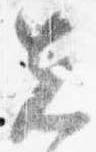
先